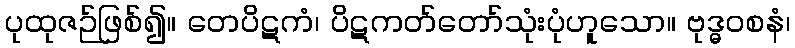
ပုထုဇဉ်ဖြစ်၍။ တေပိဋကံ၊ ပိဋကတ်တော်သုံးပုံဟူသော။ ဗုဒ္ဓဝစနံ၊